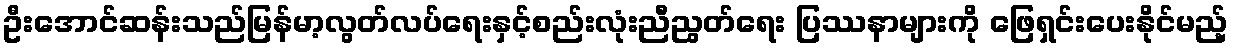
ဦးအောင်ဆန်းသည်မြန်မာ့လွတ်လပ်ရေးနှင့်စည်းလုံးညီညွတ်ရေး ပြဿနာများကို ဖြေရှင်းပေးနိုင်မည့်